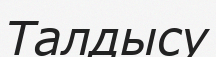
Талдысу